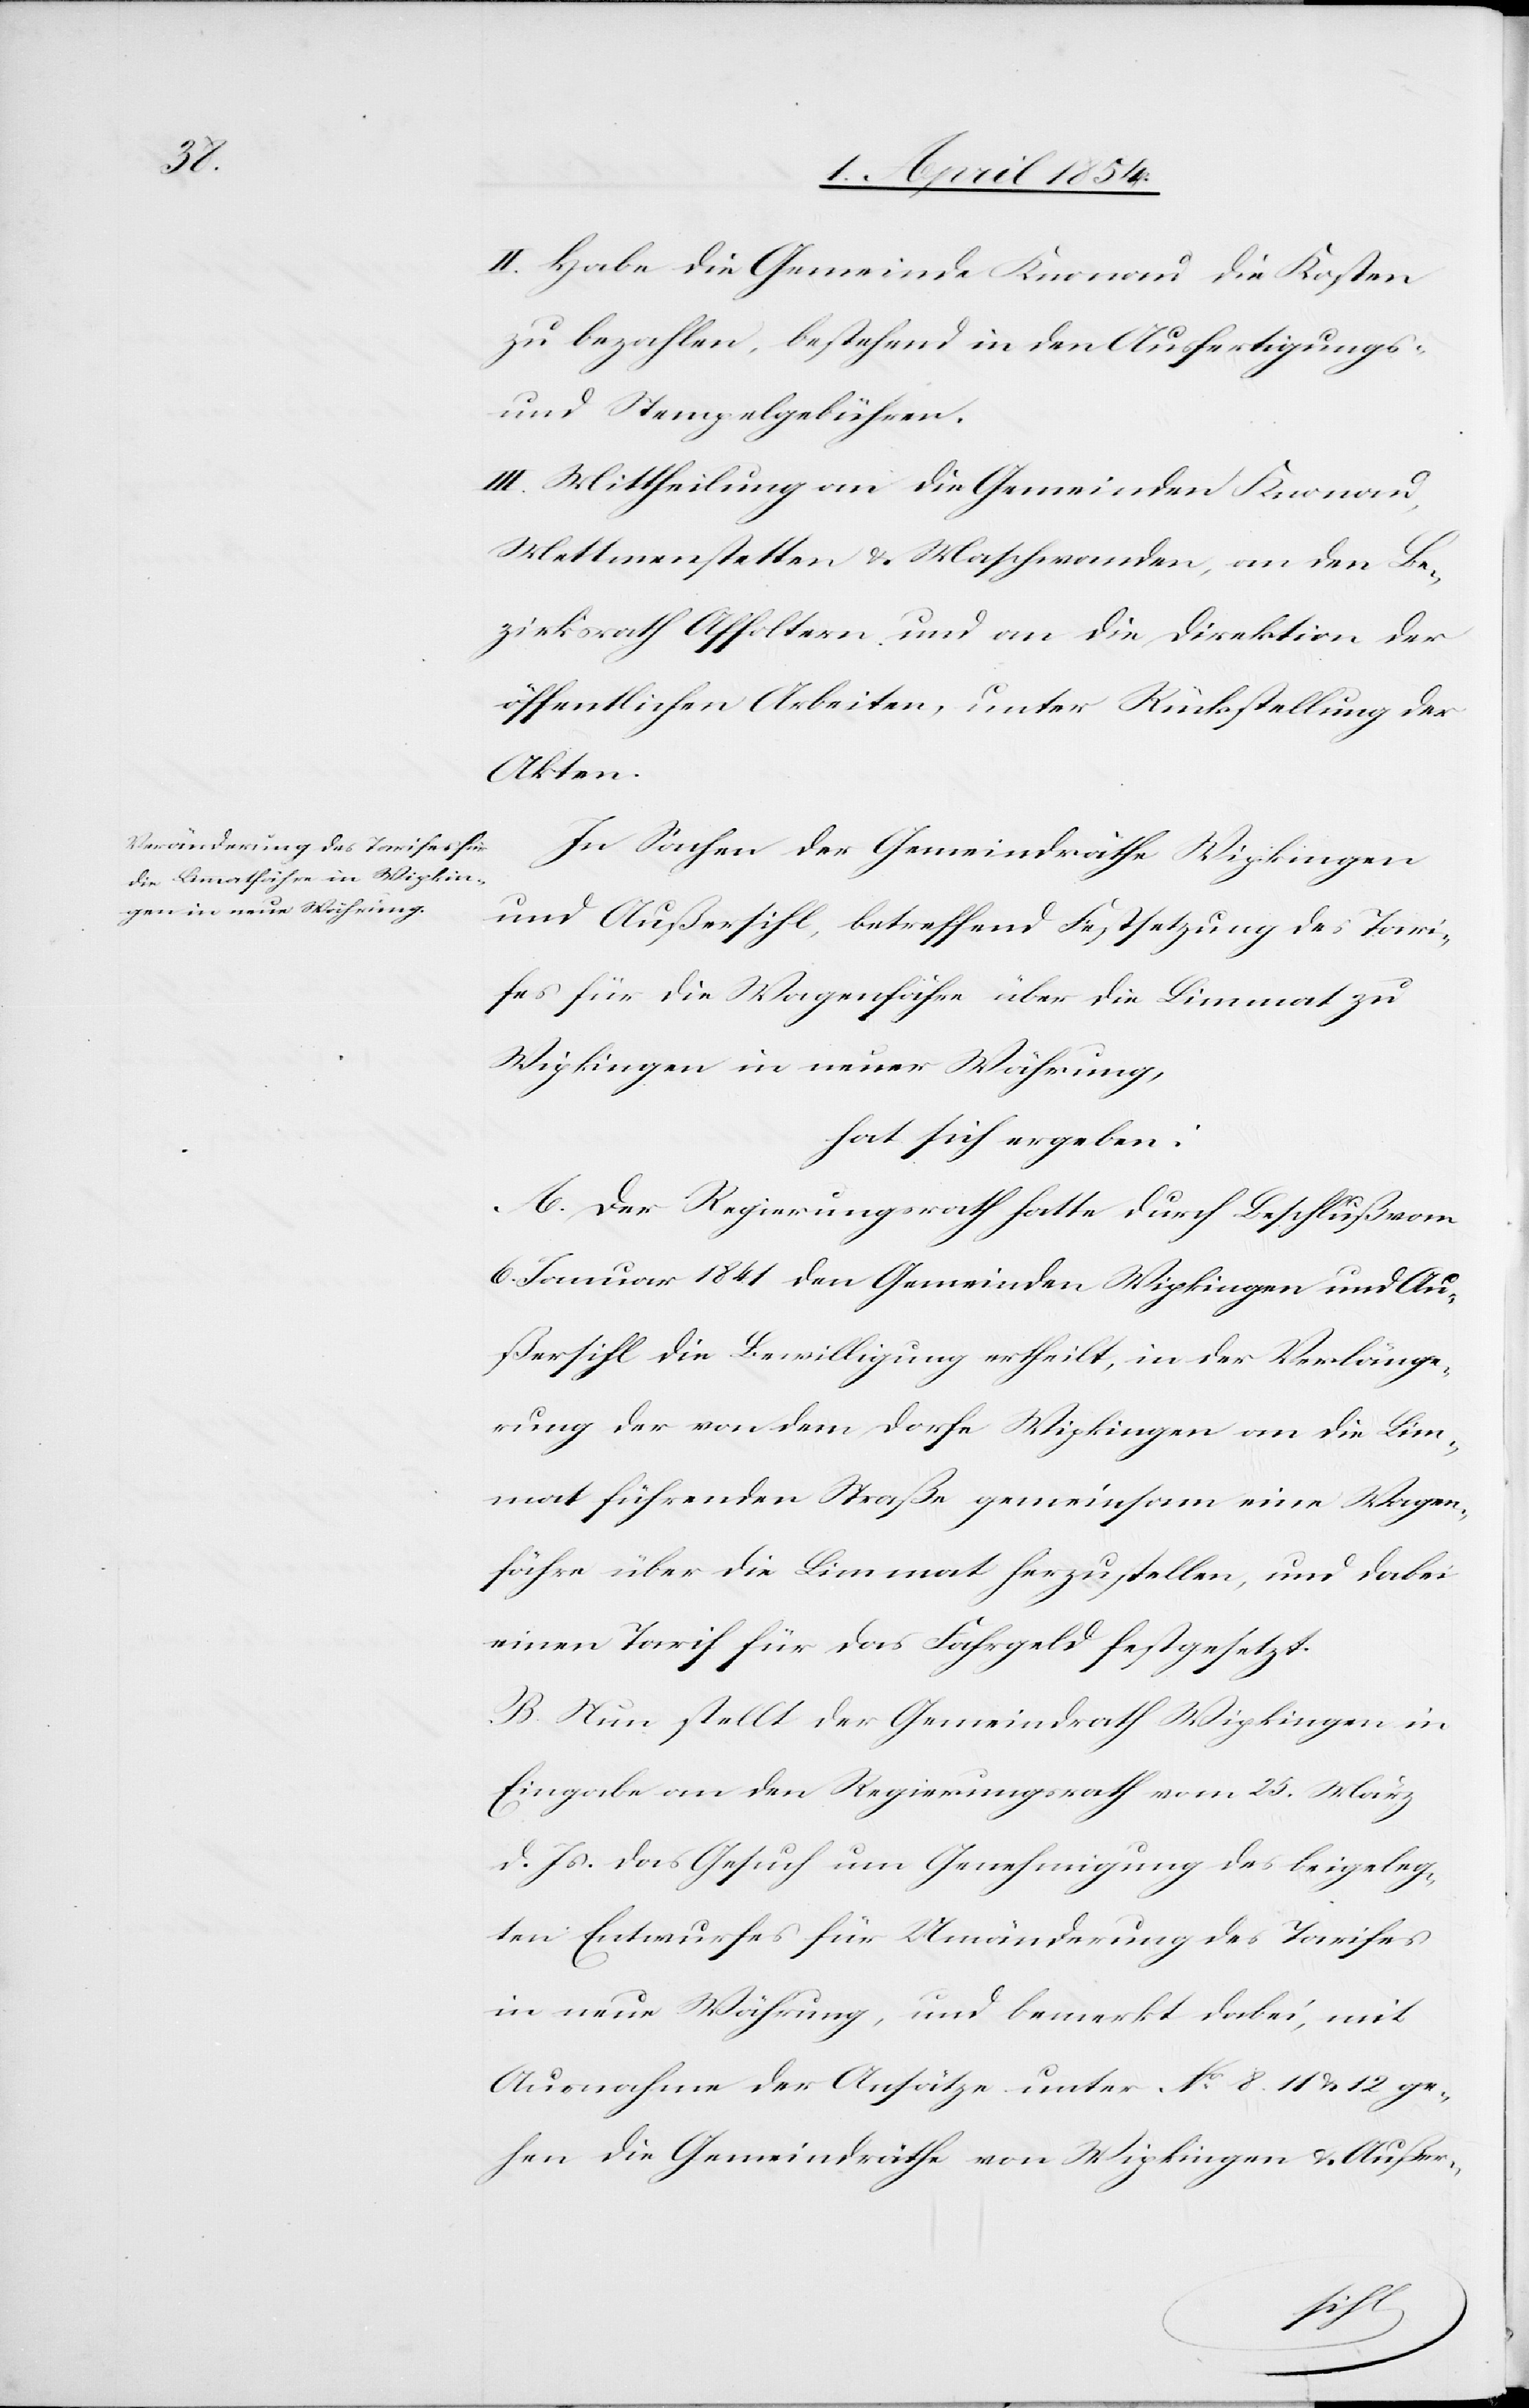
II. Habe die Gemeinde Knonau die Kosten
zu bezahlen, bestehend in den Ausfertigungs-
und Stempelgebühren-
III. Mittheilung an die Gemeinden Knonau,
Mettmenstetten & Maschwanden, an den Be¬
zirksrath Affoltern und an die Direktion der
öffentlichen Arbeiten, unter Rückstellung der
Akten.
In Sachen der Gemeindräthe Wipkingen
und Außersihl, betreffend Festsetzung des Tari¬
fes für die Wagenfähre über die Limmat zu
Wipkingen in neuer Währung,
hat sich ergeben:
A. Der Regierungsrath hatte durch Beschluß vom
6. Januar 1841 den Gemeinden Wipkingen und Au¬
ßersihl die Bewilligung ertheilt, in der Verlänge¬
rung der von dem Dorfe Wipkingen an die Lim¬
mat führenden Straße gemeinsam eine Wagen¬
fähre über die Limmat herzustellen, und dabei
einen Tarif für das Fahrgeld festgesetzt.
B. Nun stellt der Gemeindrath Wipkingen in
Eingabe an den Regierungsrath vom 25. März
d. Js. das Gesuch um Genehmigung des beigeleg¬
ten Entwurfes für Umänderung des Tarifes
in neue Währung, und bemerkt dabei, mit
Ausnahme der Ansätze unter No 8.[,] 11 & 12 ge¬
hen die Gemeindräthe von Wipkingen und Außer-